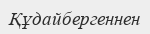
Құдайбергеннен